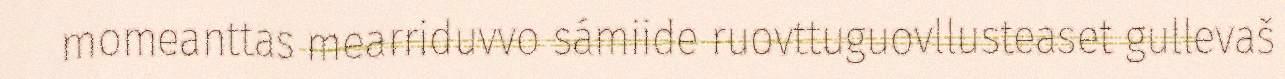
momeanttas mearriduvvo sámiide ruovttuguovllusteaset gullevaš